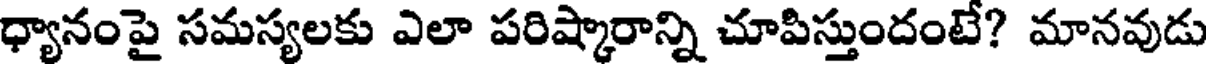
ధ్యానంపై సమస్యలకు ఎలా పరిష్కారాన్ని చూపిస్తుందంటే? మానవుడు